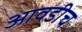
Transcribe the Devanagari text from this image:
आवडीच